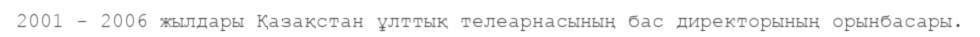
2001 - 2006 жылдары Қазақстан ұлттық телеарнасының бас директорының орынбасары.